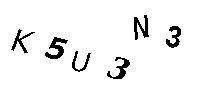
K5U3N3